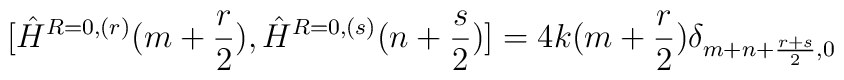
[\hat{H}^{R=0,(r)}(m+\frac{r}{2}),\hat{H}^{R=0,(s)}(n+\frac{s}{2})]=4k(m+\frac{r}{2})\delta_{m+n+\frac{r+s}{2},0}